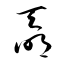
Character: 奣